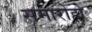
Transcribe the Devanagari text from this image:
समारोहो